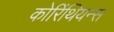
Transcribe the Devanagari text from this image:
कोरिंथियन्स